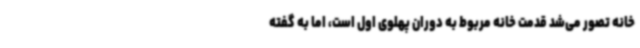
خانه تصور می‌شد قدمت خانه مربوط به دوران پهلوی اول است، اما به گفته